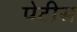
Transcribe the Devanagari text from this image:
पेटीस